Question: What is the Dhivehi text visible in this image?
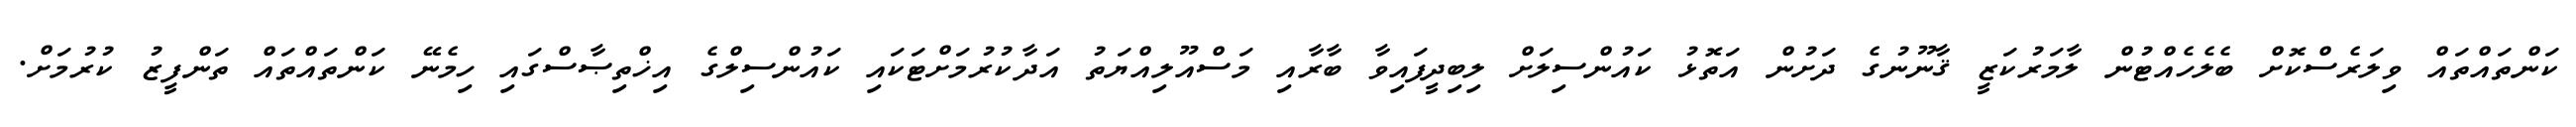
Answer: ކަންތައްތައް ވިލަރެސްކޮށް ބެލެހެއްޓުން ލާމަރުކަޒީ ޤާނޫނުގެ ދަށުން އަތޮޅު ކައުންސިލަށް ލިބިދީފައިވާ ބާރާއި މަސްއޫލިއްޔަތު އަދާކުރުމަށްޓަކައި ކައުންސިލްގެ އިޚްތިޞާސްގައި ހިމެނޭ ކަންތައްތައް ތަންފީޒު ކުރުމަށް.